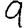
Digit: 9